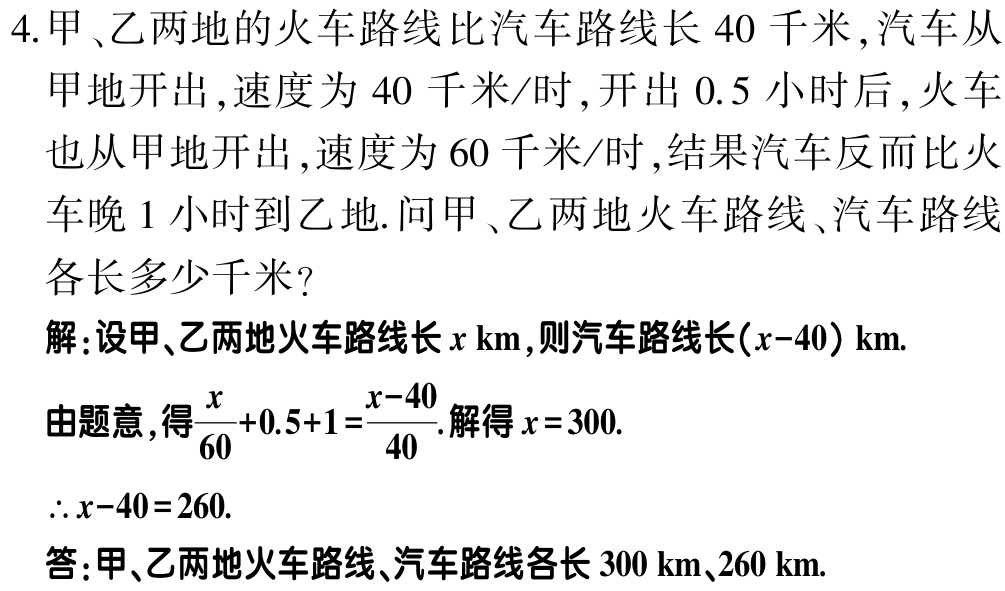
4.甲、乙两地的火车路线比汽车路线长 40 千米,汽车从
甲地开出,速度为 40 千米/时,开出 0.5 小时后,火车
也从甲地开出,速度为 60 千米/时,结果汽车反而比火
车晚 1 小时到乙地.问甲、乙两地火车路线、汽车路线
各长多少千米?
解:设甲、乙两地火车路线长\(x \text{ km}\),则汽车路线长\((x - 40)\text{ km}\).
由题意,得\(\frac{x}{60}+0.5 + 1=\frac{x - 40}{40}\).解得\(x = 300\).
\(\therefore x - 40 = 260\).
答:甲、乙两地火车路线、汽车路线各长 300 km、260 km.